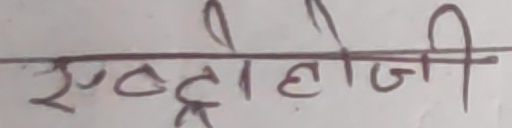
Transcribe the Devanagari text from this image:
एस्ट्रोलॉजी